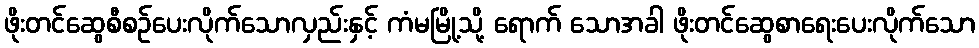
ဖိုးတင်ဆွေစီစဉ်ပေးလိုက်သောလှည်းနှင့် ကံမမြို့သို့ ရောက် သောအခါ ဖိုးတင်ဆွေစာရေးပေးလိုက်သော